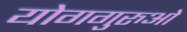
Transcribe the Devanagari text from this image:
योगगुरुओं